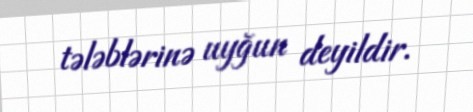
tələblərinə uyğun deyildir.